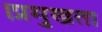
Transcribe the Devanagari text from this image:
।प्रमुखता